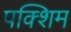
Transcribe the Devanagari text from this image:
पक्शिम